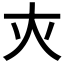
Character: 𡗜